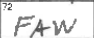
Transcription: FAW